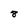
Character: 8